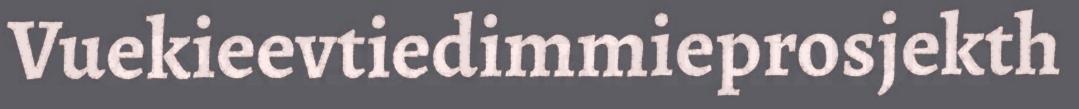
Vuekieevtiedimmieprosjekth